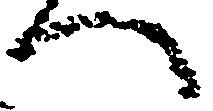
へ